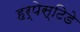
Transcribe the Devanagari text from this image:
हर्पेस्टिडे